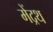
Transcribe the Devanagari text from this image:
मेंद्रथ